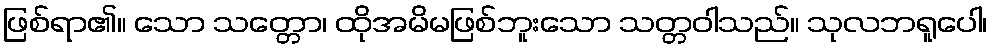
ဖြစ်ရာ၏။ သော သတ္တော၊ ထိုအမိမဖြစ်ဘူးသော သတ္တဝါသည်။ သုလဘရူပေါ၊